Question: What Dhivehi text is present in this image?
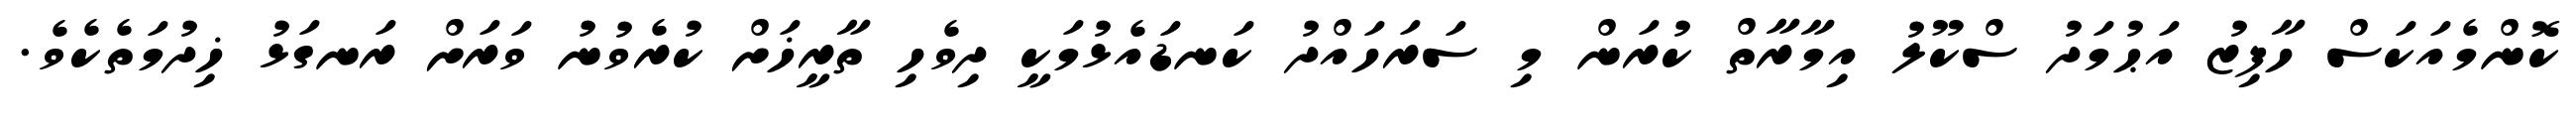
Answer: ކޮންމެއަކަސް ހާފިޒު އަޙުމަދު ސްކޫލު އިމާރާތް ކުރަން މި ސަރަހައްދު ކަނޑައެޅުމަކީ ދިވެހި ތާރީޚަށް ކުރެވުނު ވަރަށް ރަނގަޅު ޚިދުމަތެކެވެ.